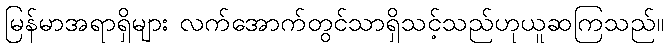
မြန်မာအရာရှိများ လက်အောက်တွင်သာရှိသင့်သည်ဟုယူဆကြသည်။